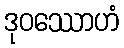
ဒုဝဿောဟံ